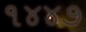
૧૪૪૭